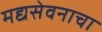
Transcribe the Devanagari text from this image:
मद्यसेवनाचा